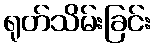
ရုတ်သိမ်းခြင်း